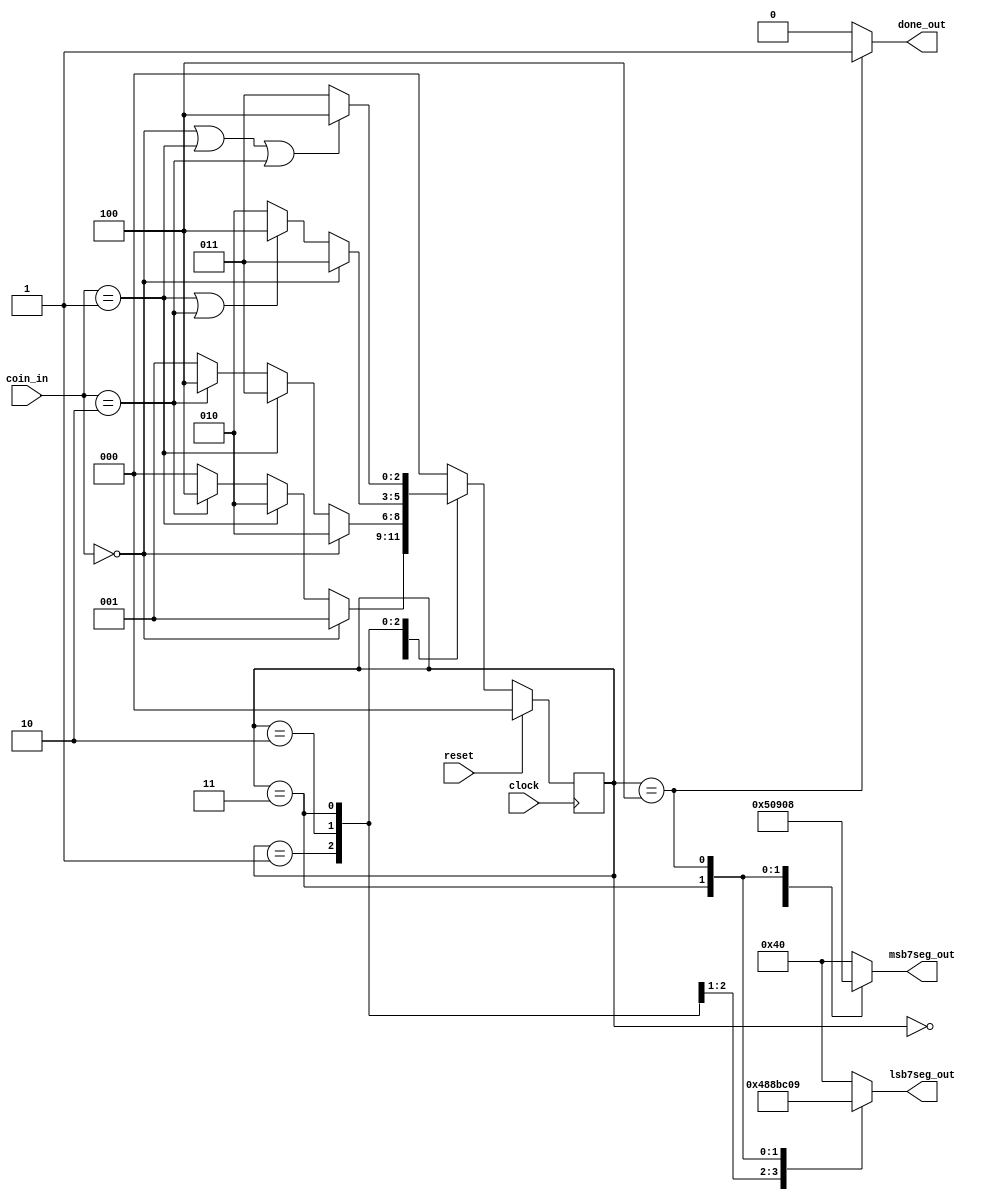
/********************************************************************************************
Copyright 2019 - Maven Silicon Softech Pvt Ltd. 

All Rights Reserved.

This source code is an unpublished work belongs to Maven Silicon Softech Pvt Ltd.

It is not to be shared with or used by any third parties who have not enrolled for our paid training 

courses or received any written authorization from Maven Silicon.


Webpage     :      www.maven-silicon.com

Filename    :	   coincol.v   

Description :      FSM for coin collector

Author Name :      Susmita Nayak

Version     :      1.0
*********************************************************************************************/

//Finite State Machine - Moore type
module coincol (clock,reset,coin_in,done_out,lsb7seg_out,msb7seg_out);

   //Ports declaration
   input clock,reset;
   input [1:0]coin_in;   
   output done_out;
   output reg [6:0]lsb7seg_out;
   output reg [6:0]msb7seg_out;

   //Coin denominations
   /************************
   coin=2'b00 => 25 paise
   coin=2'b01 => 50 paise
   coin=2'b10 => 1  Rupee
   coin=2'b11 => No Coin
   ************************/

   //Internal variables declaration
   reg [2:0]prestate,nextstate;


   //Binary encoded states 
   parameter STATE00  = 3'b000,
  	     STATE25  = 3'b001,
	     STATE50  = 3'b010,
	     STATE75  = 3'b011,
	     STATE100 = 3'b100;


   //Present state logic
   always @(posedge clock)
      begin
         if(reset)
	    prestate <= STATE00;
	 else
	    prestate <= nextstate;
      end

   //Next state decoder logic
   always @(*)
      begin
	case(prestate)
	   STATE00 : 
	 	       begin
	   	          if(coin_in == 2'b00)
	                     nextstate = STATE25;
	                  else if(coin_in == 2'b01)
	       		     nextstate = STATE50;
	   	          else if(coin_in == 2'b10)
	                     nextstate = STATE100;
	                  else
	                     nextstate = STATE00;
	               end
	   STATE25 :
	 	       begin
	    	          if(coin_in == 2'b00)
	       		     nextstate = STATE50;
	                  else if(coin_in == 2'b01)
 	                     nextstate = STATE75;
	                  else if(coin_in == 2'b10)
	                     nextstate = STATE100;
	                  else
	                     nextstate = STATE25;
	               end 
	   STATE50 :
	               begin
	   	          if(coin_in == 2'b00)
	       		     nextstate = STATE75;
	   	          else if(coin_in == 2'b01 || coin_in == 2'b10)                              
	      		     nextstate = STATE100;
	   	          else
	       		     nextstate = STATE50;
	               end
	   STATE75 :
	 	       begin
	                  if(coin_in == 2'b00 || coin_in == 2'b01 || coin_in == 2'b10)                              
	                     nextstate = STATE100;
	                  else
	                     nextstate = STATE75;
	               end 
	   default :   nextstate = STATE00;
      endcase
   end

   //Output logic
   assign done_out = (prestate == STATE100) ? 1'b1 : 1'b0;

   /************************************************

   SEVEN SEGMENT LED DISPLAY

       a
      ---    
   f |   | b
      ---  <-- g
   e |   | c
      ---
      d  

   Each LED segment is active low.
   Both lsb7seg and msb7seg are assigned
   in the order "gfedcba"

   ************************************************/

   always @(prestate)
      begin
         case(prestate)
            STATE25  : 
	                begin
	          	   lsb7seg_out = 7'b0100100;
	          	   msb7seg_out = 7'b0010100;
	                end
	    STATE50  : 
	       	        begin
	          	   lsb7seg_out = 7'b0100010;
	          	   msb7seg_out = 7'b1000000;
	                end
	    STATE75  : 
	       	        begin
	          	   lsb7seg_out = 7'b1111000;
	          	   msb7seg_out = 7'b0010010;
	       	       end
	    STATE100 : 
	       	        begin
	                   lsb7seg_out = 7'b0001001;
	                   msb7seg_out = 7'b0001000;
	                end
	    default  : 
	        	begin
	          	   lsb7seg_out = 7'b1000000;
	          	   msb7seg_out = 7'b1000000;
	       		end
	 endcase
      end           



endmodule